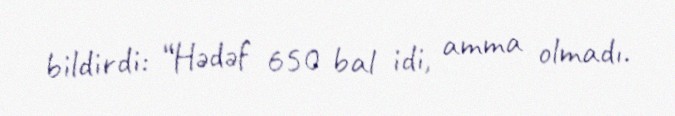
bildirdi: “Hədəf 650 bal idi, amma olmadı.